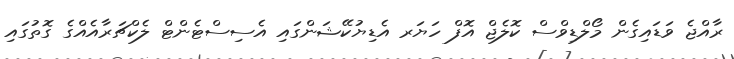
ރާއްޖެ ވަޑައިގެން މޯލްޑިވްސް ކޮލެޖް އޮފް ހަޔަރ އެޑިޔުކޭޝަންގައި އެސިސްޓެންޓް ލެކްޗަރާއެއްގެ ގޮތުގައި